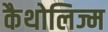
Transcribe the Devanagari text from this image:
कैथोलिज्म